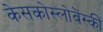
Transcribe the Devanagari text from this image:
केसकोस्लोवेंस्की